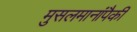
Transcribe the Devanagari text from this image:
मुसलमानांपैकी